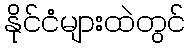
နိုင်ငံများထဲတွင်